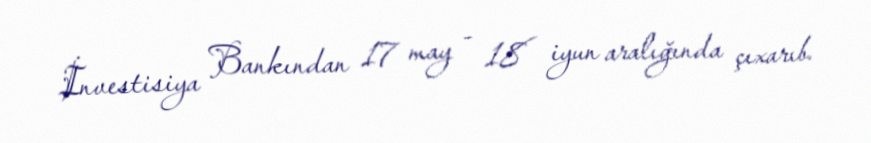
İnvestisiya Bankından 17 may - 18 iyun aralığında çıxarıb.